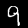
Digit: 9